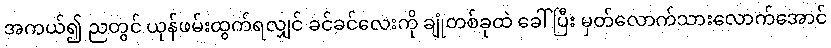
အကယ်၍ ညတွင် ယုန်ဖမ်းထွက်ရလျှင် ခင်ခင်လေးကို ချုံတစ်ခုထဲ ခေါ်ပြီး မှတ်လောက်သားလောက်အောင်